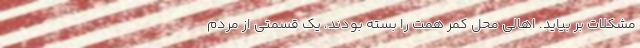
مشکلات بر بیاید. اهالی محل کمر همت را بسته بودند، یک قسمتی از مردم